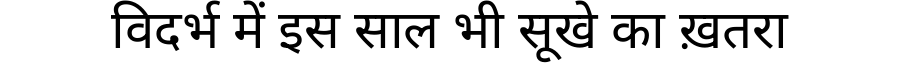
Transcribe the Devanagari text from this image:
विदर्भ में इस साल भी सूखे का ख़तरा